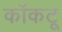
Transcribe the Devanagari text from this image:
कॉकटू